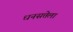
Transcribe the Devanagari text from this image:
धनसत्तेला